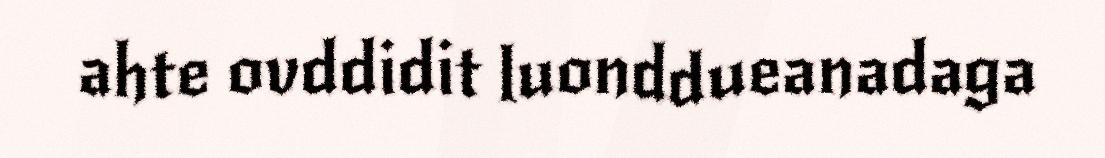
ahte ovddidit luonddueanadaga